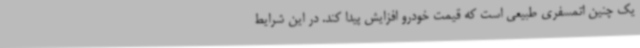
یک چنین اتمسفری طبیعی است که قیمت خودرو افزایش پیدا کند. در این شرایط